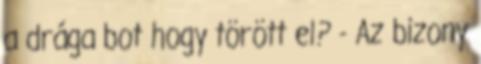
a drága bot hogy törött el? - Az bizony